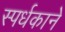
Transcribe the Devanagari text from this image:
स्पर्धकाने